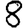
Digit: 8